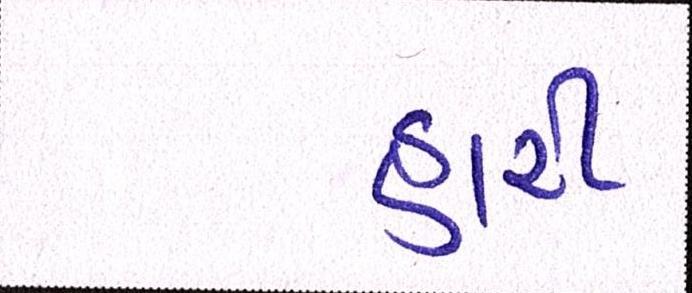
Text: હારી